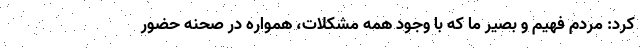
کرد: مردم فهیم و بصیر ما که با وجود همه مشکلات، همواره در صحنه حضور